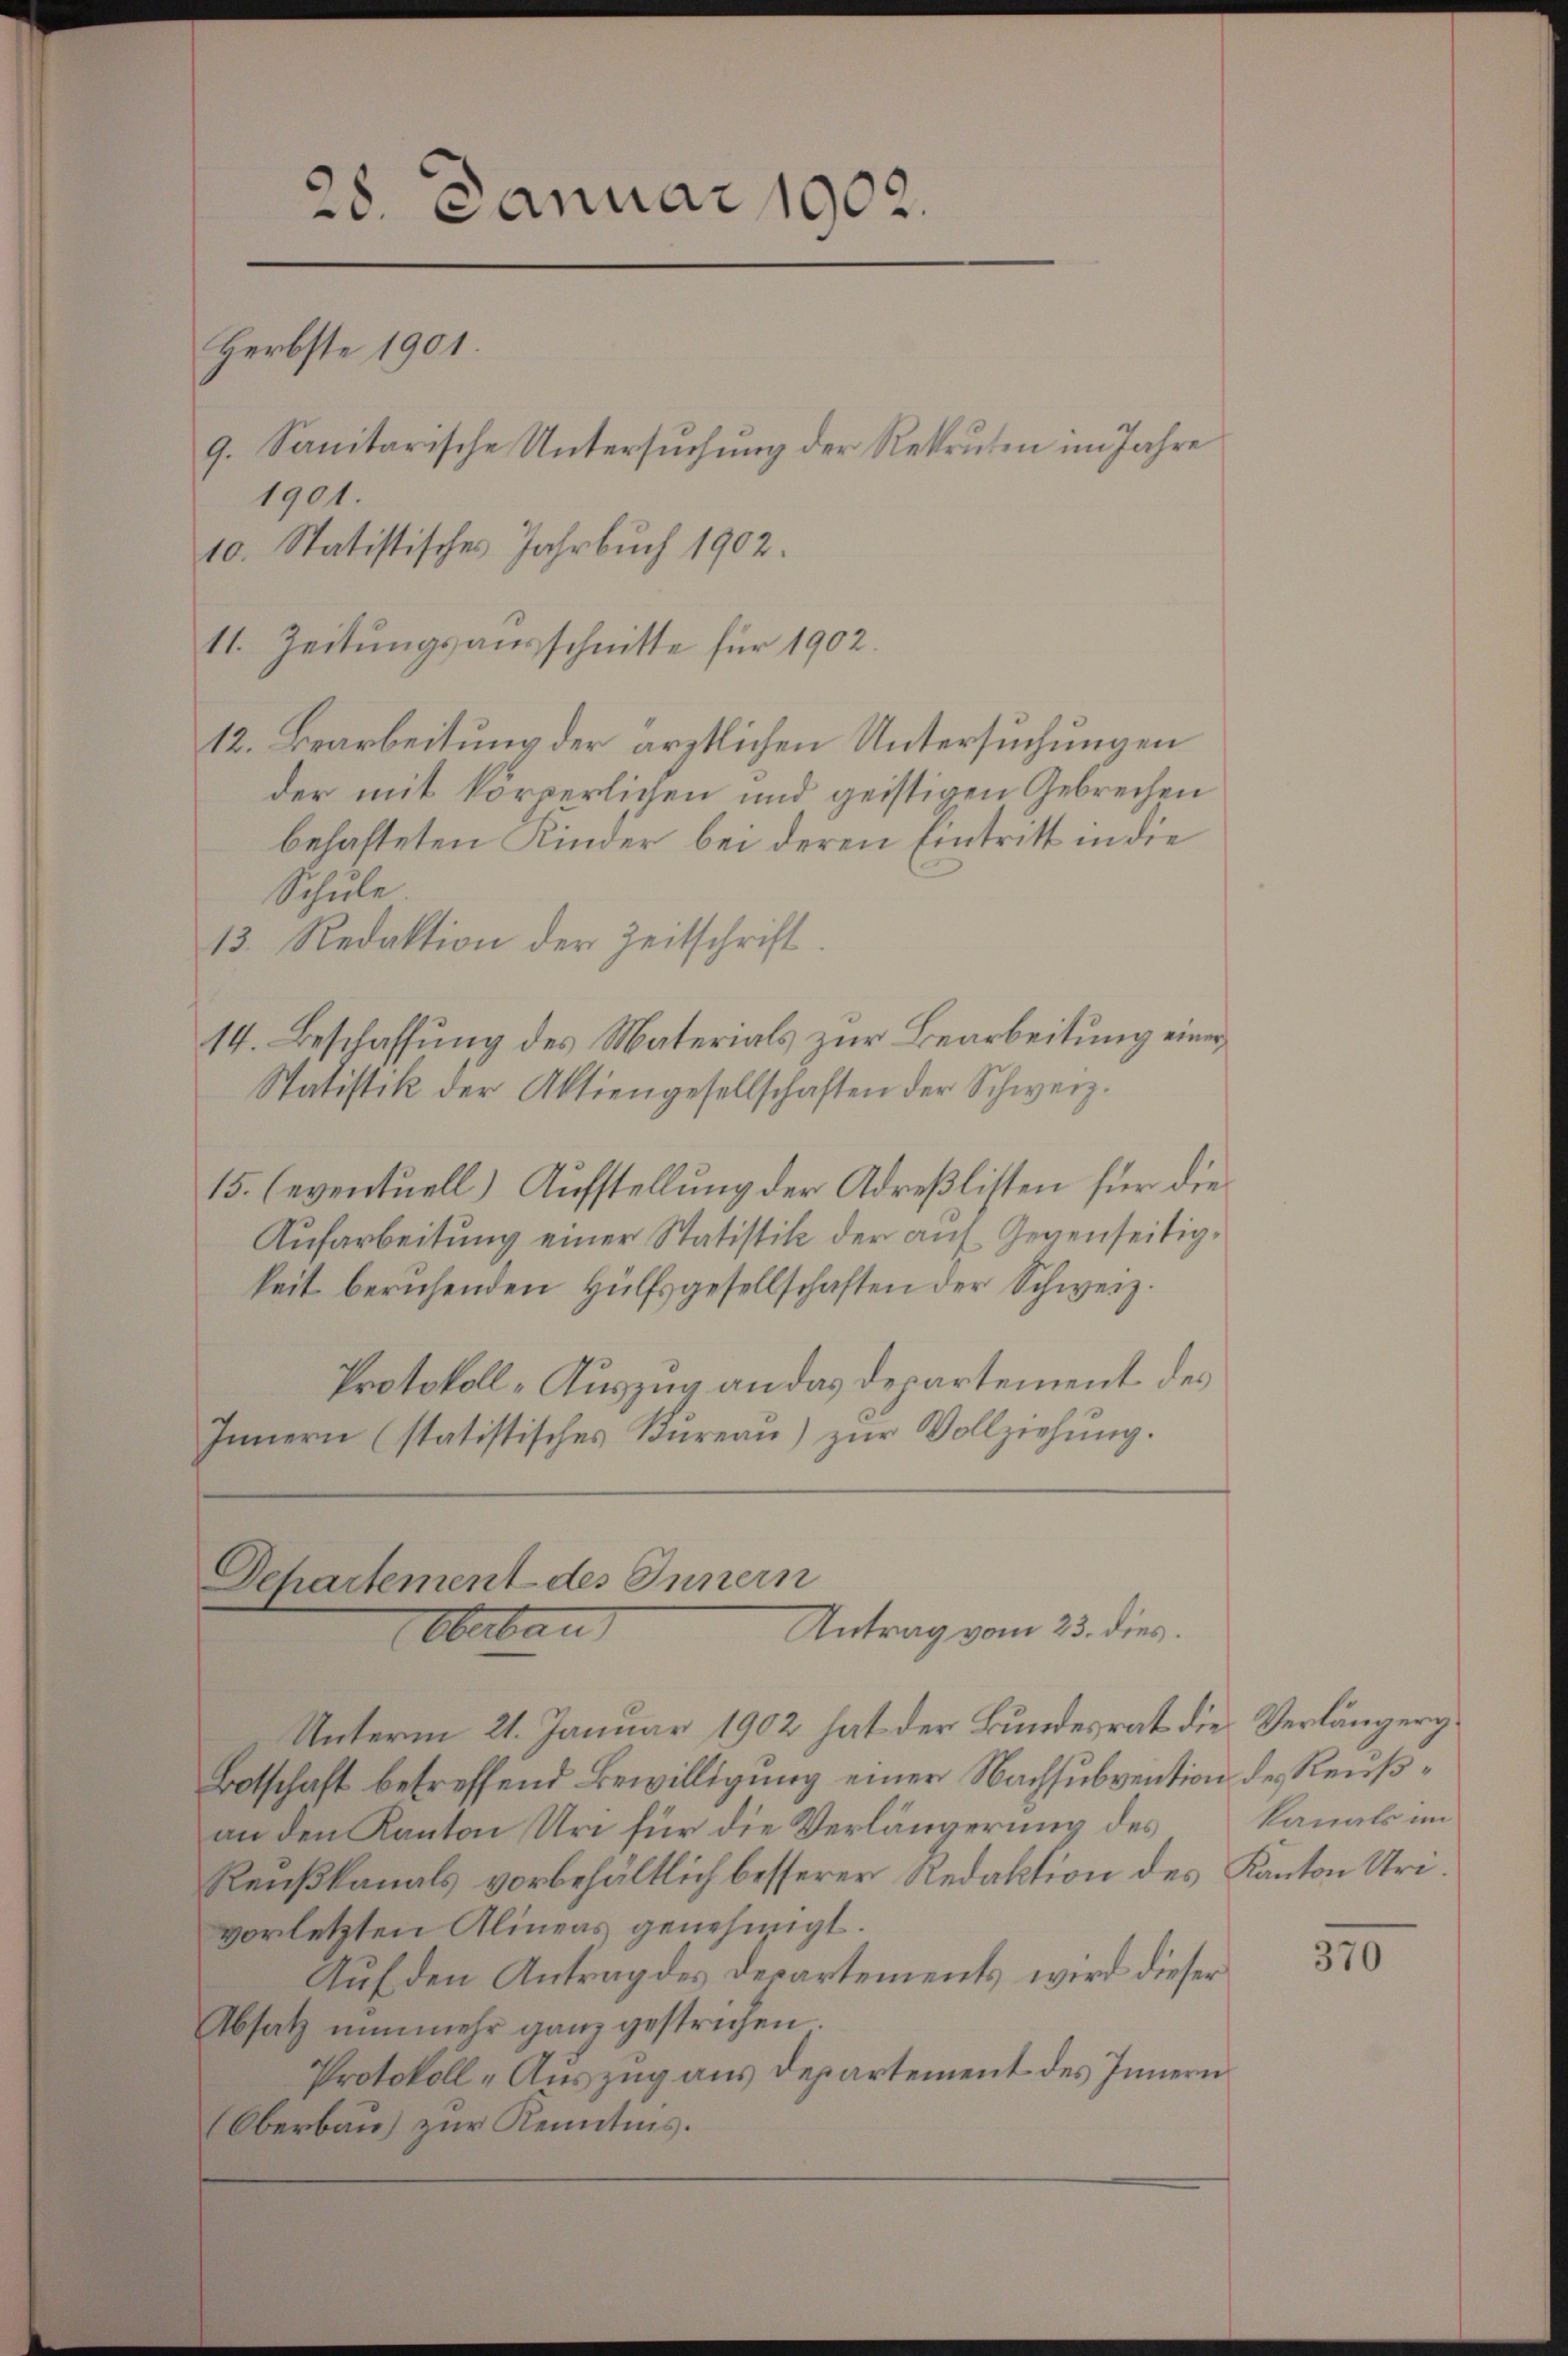
28. Januar 1902.
Herbste 1901
g. Sanitarische Untersŭchŭng der Rekruten im Jahre
1901.
10. Statistisches Jahrbuch 1902.

Schule
Statistik der Aktiengesellschaften der Schweiz.
15. (eventuell) Aufstellung der Adreslisten für die
Aufarbeitung einer Statistik der auf Gegenseitigkeit beruhenden Hülfsgesellschaften der Schweiz.
Protokoll-Auszug an das Departement des
Innern (statistisches Kureau) zur Vollziehung.

11. Zeitungsausschnitte für 1902.

12. Bearbeitung der ärztlichen Untersuchungen
der mit körperlichen und geistigen Gebrechen
behafteten Kinder bei deren Eintritt in die
13. Redaktion der Zeitschrift.
14. Beschaffung des Materials zur Bearbeitung einer

Dchartement des Innern
Antrag vom 23. dies
Oberbau

Unterm 21. Januar 1902 hat der Bundesrat die Verlängeri¬
Botschaft betreffend Bewilligung einer Nachsubvention des Reußan den Kanton Uri für die Verlängerung des
Reußkanals vorbehältlich besserer Redaktion des Kanton Urivorletzten Alineas genehmigt.
Auf den Antrag des Departements wird dieser
Absatz nunmehr ganz gestrichen.
Protokoll-Auszug aus Departement des Innern
(Oberbau zur Kenntnis.

kanats im

310